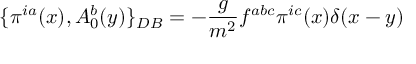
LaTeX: \{ \pi ^ { i a } ( x ) , A _ { 0 } ^ { b } ( y ) \} _ { D B } = - \frac { g } { m ^ { 2 } } f ^ { a b c } \pi ^ { i c } ( x ) \delta ( x - y ) \nonumber